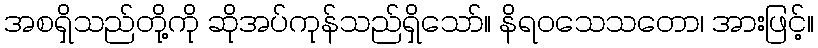
အစရှိသည်တို့ကို ဆိုအပ်ကုန်သည်ရှိသော်။ နိရဝသေသတော၊ အားဖြင့်။